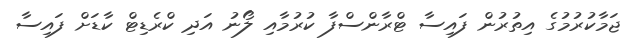
ޖަމާކުރުމުގެ އިތުރުން ފައިސާ ޓްރާންސްފާ ކުރުމާއި ލޯނު އަދި ކްރެޑިޓް ކާޑަށް ފައިސާ